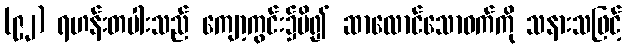
(၉၂) ရဟန်းတပါးသည် ကျော့ကွင်း၌မိ၍ ဆာလောင်သောဝက်ကို သနားသဖြင့်